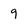
Character: 9